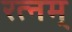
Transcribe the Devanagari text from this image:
रत्नम्‌